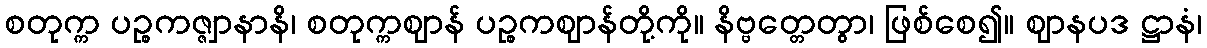
စတုက္က ပဉ္စကဇ္ဇျာနာနိ၊ စတုက္ကဈာန် ပဉ္စကဈာန်တို့ကို။ နိဗ္ဗတ္တေတွာ၊ ဖြစ်စေ၍။ ဈာနပဒ ဋ္ဌာနံ၊